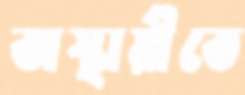
অস্থায়ীতে